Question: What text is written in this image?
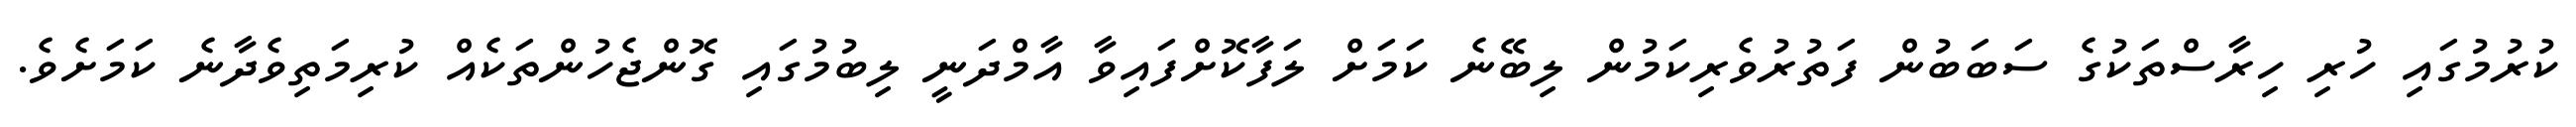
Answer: ކުރުމުގައި ހުރި ހިރާސްތަކުގެ ސަބަބުން ފަތުރުވެރިކަމުން ލިބޭނެ ކަމަށް ލަފާކޮށްފައިވާ އާމްދަނީ ލިބުމުގައި ގޮންޖެހުންތަކެއް ކުރިމަތިވެދާނެ ކަމަށެވެ.